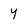
Character: y